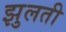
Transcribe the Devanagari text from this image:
झुलती